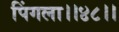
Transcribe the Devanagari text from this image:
पिंगला।।४८।।